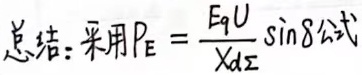
采用公式\(P_{E}=\frac{E_{q}U}{X_{d\Sigma}}\sin\delta\)